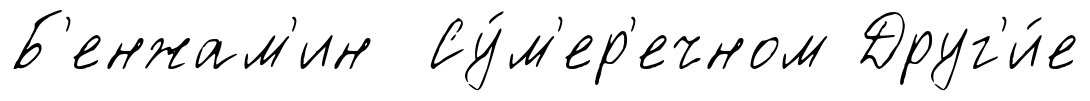
Б'енжам'ин Су́м'ер'ечном Друг'и́е